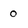
Character: 0